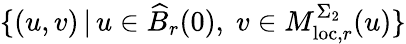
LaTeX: \{ (u,v)\, |\, u\in\widehat{B}_{r}(0),\; v\in M_{\mathrm{loc},r}^{\Sigma_{2}}(u)\}